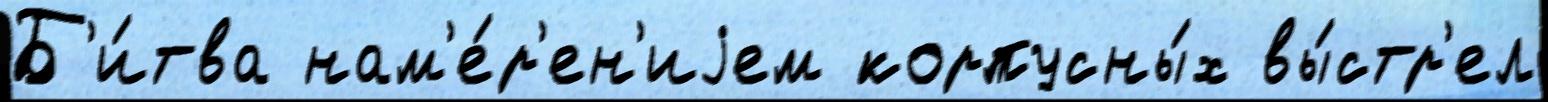
Б'и́тва нам'е́р'ен'иjем корпусны́х вы́стр'ел